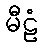
မီဠံ